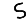
Digit: 5